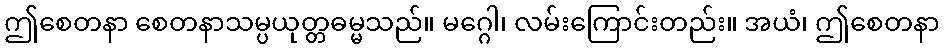
ဤစေတနာ စေတနာသမ္ပယုတ္တဓမ္မသည်။ မဂ္ဂေါ၊ လမ်းကြောင်းတည်း။ အယံ၊ ဤစေတနာ